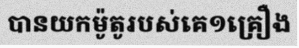
បានយកម៉ូតូរបស់គេ១គ្រឿង